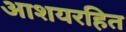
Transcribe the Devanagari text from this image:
आशयरहित